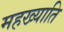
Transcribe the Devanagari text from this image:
महख्याति